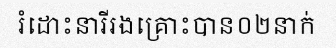
រំដោះនារីរងគ្រោះបាន០២នាក់